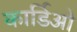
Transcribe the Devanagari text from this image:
कार्डिओ